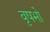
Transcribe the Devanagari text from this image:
वृषभो